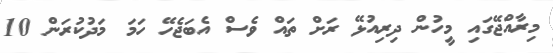
މިރާއްޖޭގައި މީހުން ދިރިއުޅޭ ރަށް ތައް ވެސް އެބަޖެހޭ ހަމަ މަދުކުރަން 10